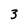
Character: 3